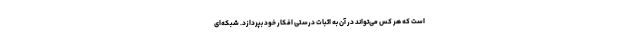
است که هر کس می‌تواند در آن به اثبات درستی افکار خود بپردازد. شبکه‌ای